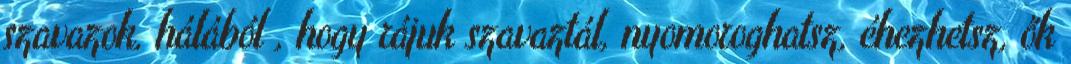
szavazok, hálából , hogy rájuk szavaztál, nyomoroghatsz, éhezhetsz, ők